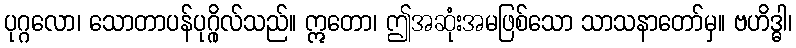
ပုဂ္ဂလော၊ သောတာပန်ပုဂ္ဂိုလ်သည်။ ဣတော၊ ဤအဆုံးအမဖြစ်သော သာသနာတော်မှ။ ဗဟိဒ္ဓါ၊